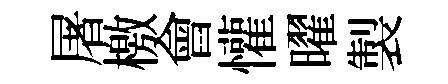
屠檄會懽曜製